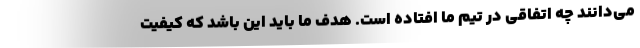
می‌دانند چه اتفاقی در تیم ما افتاده است. هدف ما باید این باشد که کیفیت